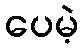
ပေမဲ့